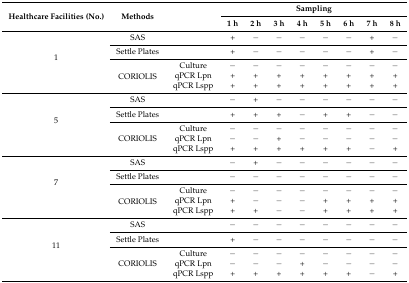
<table><thead><tr><td rowspan="2"><b>Healthcare Facilities (No.)</b></td><td rowspan="2"><b>Methods</b></td><td rowspan="2"></td><td colspan="8"><b>Sampling</b></td></tr><tr><td><b>1 h</b></td><td><b>2 h</b></td><td><b>3 h</b></td><td><b>4 h</b></td><td><b>5 h</b></td><td><b>6 h</b></td><td><b>7 h</b></td><td><b>8 h</b></td></tr></thead><tbody><tr><td rowspan="5">1</td><td>SAS</td><td></td><td>+</td><td>−</td><td>−</td><td>−</td><td>−</td><td>−</td><td>+</td><td>−</td></tr><tr><td>Settle Plates</td><td></td><td>+</td><td>−</td><td>−</td><td>−</td><td>−</td><td>−</td><td>+</td><td>−</td></tr><tr><td rowspan="3">CORIOLIS</td><td>Culture</td><td>−</td><td>−</td><td>−</td><td>−</td><td>−</td><td>−</td><td>−</td><td>−</td></tr><tr><td>qPCR Lpn</td><td>+</td><td>+</td><td>+</td><td>+</td><td>+</td><td>+</td><td>+</td><td>+</td></tr><tr><td>qPCR Lspp</td><td>+</td><td>+</td><td>+</td><td>+</td><td>+</td><td>+</td><td>+</td><td>+</td></tr><tr><td rowspan="5">5</td><td>SAS</td><td></td><td>−</td><td>+</td><td>−</td><td>−</td><td>−</td><td>−</td><td>−</td><td>−</td></tr><tr><td>Settle Plates</td><td></td><td>+</td><td>+</td><td>+</td><td>−</td><td>+</td><td>+</td><td>−</td><td>−</td></tr><tr><td rowspan="3">CORIOLIS</td><td>Culture</td><td>−</td><td>−</td><td>−</td><td>−</td><td>−</td><td>−</td><td>−</td><td>−</td></tr><tr><td>qPCR Lpn</td><td>−</td><td>−</td><td>+</td><td>−</td><td>−</td><td>−</td><td>−</td><td>−</td></tr><tr><td>qPCR Lspp</td><td>+</td><td>+</td><td>+</td><td>+</td><td>+</td><td>+</td><td>−</td><td>+</td></tr><tr><td rowspan="5">7</td><td>SAS</td><td></td><td>−</td><td>+</td><td>−</td><td>−</td><td>−</td><td>−</td><td>−</td><td>−</td></tr><tr><td>Settle Plates</td><td></td><td>−</td><td>−</td><td>−</td><td>−</td><td>−</td><td>−</td><td>−</td><td>−</td></tr><tr><td rowspan="3">CORIOLIS</td><td>Culture</td><td>−</td><td>−</td><td>−</td><td>−</td><td>−</td><td>−</td><td>−</td><td>−</td></tr><tr><td>qPCR Lpn</td><td>+</td><td>−</td><td>−</td><td>−</td><td>+</td><td>+</td><td>+</td><td>+</td></tr><tr><td>qPCR Lspp</td><td>+</td><td>+</td><td>−</td><td>−</td><td>+</td><td>+</td><td>+</td><td>+</td></tr><tr><td rowspan="5">11</td><td>SAS</td><td></td><td>−</td><td>−</td><td>−</td><td>−</td><td>−</td><td>−</td><td>−</td><td>−</td></tr><tr><td>Settle Plates</td><td></td><td>+</td><td>−</td><td>−</td><td>−</td><td>−</td><td>−</td><td>−</td><td>−</td></tr><tr><td rowspan="3">CORIOLIS</td><td>Culture</td><td>−</td><td>−</td><td>−</td><td>−</td><td>−</td><td>−</td><td>−</td><td>−</td></tr><tr><td>qPCR Lpn</td><td>−</td><td>−</td><td>−</td><td>+</td><td>−</td><td>−</td><td>−</td><td>−</td></tr><tr><td>qPCR Lspp</td><td>+</td><td>+</td><td>+</td><td>+</td><td>+</td><td>+</td><td>−</td><td>+</td></tr></tbody></table>